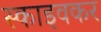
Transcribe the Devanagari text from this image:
स्काइवकर